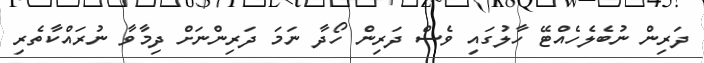
ދަރިން ނުބެލެހެއްޓޭ ހާލުގައި ވެސް ދަރިން ހޯދާ ނަމަ ދަރިންނަށް ދިމާވާ ނުރައްކާތެރި